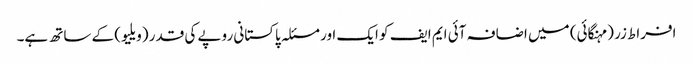
افراط زر (مہنگائی) میں اضافہ آئی ایم ایف کو ایک اور مسئلہ پاکستانی روپے کی قدر (ویلیو) کے ساتھ ہے۔